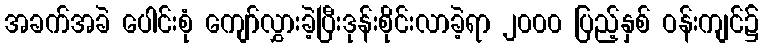
အခက်အခဲ ပေါင်းစုံ ကျော်လွှားခဲ့ပြီးဒုန်းစိုင်းလာခဲ့ရာ ၂၀၀၀ ပြည့်နှစ် ဝန်းကျင်၌